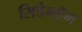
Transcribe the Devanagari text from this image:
सिडेनहॅम